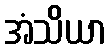
အံသိယာ